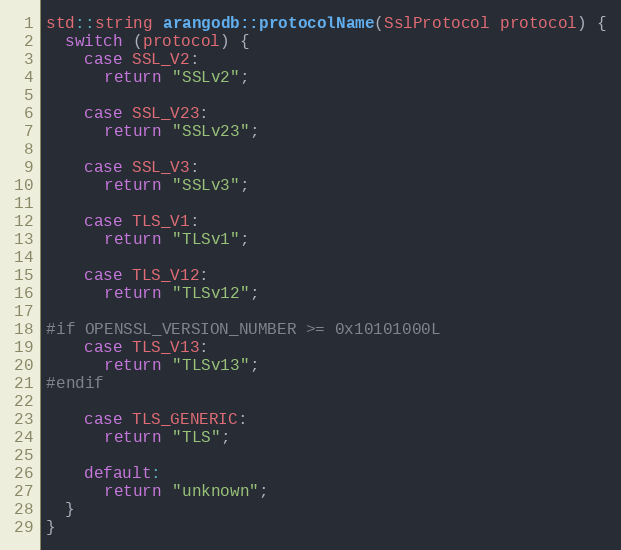
Language: C++
std::string arangodb::protocolName(SslProtocol protocol) {
  switch (protocol) {
    case SSL_V2:
      return "SSLv2";

    case SSL_V23:
      return "SSLv23";

    case SSL_V3:
      return "SSLv3";

    case TLS_V1:
      return "TLSv1";

    case TLS_V12:
      return "TLSv12";

#if OPENSSL_VERSION_NUMBER >= 0x10101000L
    case TLS_V13:
      return "TLSv13";
#endif

    case TLS_GENERIC:
      return "TLS";

    default:
      return "unknown";
  }
}